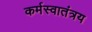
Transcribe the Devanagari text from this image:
कर्मस्वातंत्रय